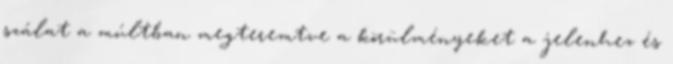
szálat a múltban megteremtve a körülményeket a jelenhez és